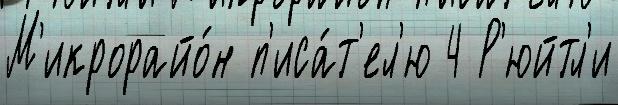
М'икрорайо́н п'иса́т'ел'ю 4 Р'юйтл'и